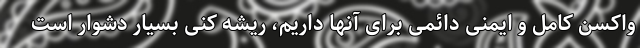
واکسن کامل و ایمنی دائمی برای آنها داریم، ریشه کنی بسیار دشوار است